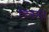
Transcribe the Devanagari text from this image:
चित्रम्।